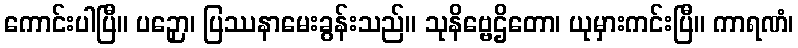
ကောင်းပါပြီ။ ပဉှော၊ ပြဿနာမေးခွန်းသည်။ သုနိဗ္ဗေဌိတော၊ ယုမှားကင်းပြီ။ ကာရဏံ၊